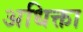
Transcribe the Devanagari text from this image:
अधिक्ता